Report on enteric fever
Disease focus: Fever
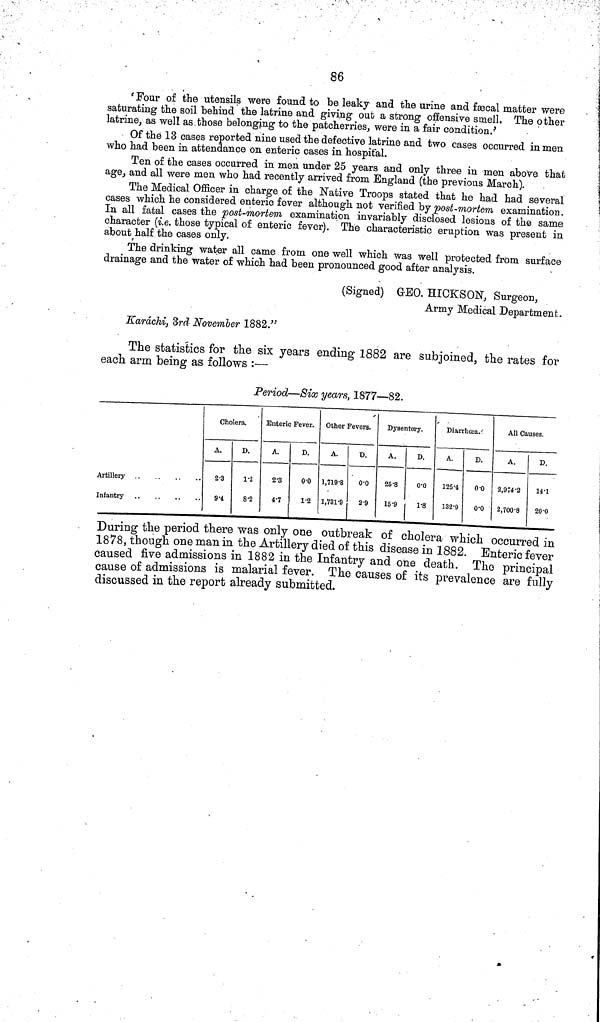
86
'Four of the utensils were found to be leaky and the urine and fæcal matter were
saturating the soil behind the latrine and giving out a strong offensive smell. The other
latrine, as well as those belonging to the patcherries, were in a fair condition.'
Of the 13 cases reported nine used the defective latrine and two cases occurred in men
who had been in attendance on enteric cases in hospital.
Ten of the cases occurred in men under 25 years and only three in men above that
age, and all were men who had recently arrived from England (the previous March).
The Medical Officer in charge of the Native Troops stated that he had had several
cases which he considered enteric fever although not verified by post mortem examination.
In all fatal cases the post mortem examination invariably disclosed lesions of the same
character (i.e. those typical of enteric fever). The characteristic eruption was present in
about half the cases only.
The drinking water all came from one well which was well protected from surface
drainage and the water of which had been pronounced good after analysis.
(Signed) GEO. HICKSON, Surgeon,
Army Medical Department.
Karáchi, 3rd November 1882."
The statistics for the six years ending 1882 are subjoined, the rates for
each arm being as follows :—
Period—Six years, 1877—82.
Artillery
.
..
..
Infantry
Cholera.
A.
2 3
9 4
D.
1 2
8 2
Enteric Fever.
A.
2 3
4 7
D.
0 0
1 2
Other Fevers.
A.
1,719 8
1,731 9
D.
0 0
29
Dysentery.
A.
25 8
15 9
D.
0 0
1 8
Diarrhœa.
A.
125 4
132 9
D.
0 0
0 0
All Causes.
A.
2,974 2
2,700 8
D.
14 1
20 0
During the period there was only one outbreak of cholera which occurred in
1878, though one man in the Artillery died of this disease in 1882. Enteric fever
caused five admissions in 1882 in the Infantry and one death. The principal
cause of admissions is malarial fever. The causes of its prevalence are fully
discussed in the report already submitted.